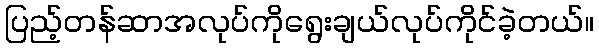
ပြည့်တန်ဆာအလုပ်ကိုရွေးချယ်လုပ်ကိုင်ခဲ့တယ်။